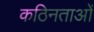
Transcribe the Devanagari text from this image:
कठिनताओं